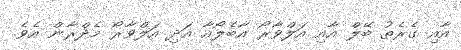
އާއި ގެރެތު ބޭލް އާއި އަލްވާރޯ އާބެލޯއާ އަދި އަލްވާރޯ މެދްރާން އެވެ.